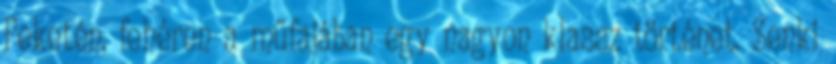
Feketén, fehéren a műfajában egy nagyon klassz történet. Senki